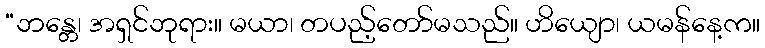
“ဘန္တေ၊ အရှင်ဘုရား။ မယာ၊ တပည့်တော်မသည်။ ဟိယျော၊ ယမန်နေ့က။